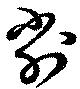
削